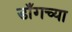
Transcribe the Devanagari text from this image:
डाँगच्या